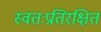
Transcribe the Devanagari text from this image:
स्वतःप्रतिरक्षित